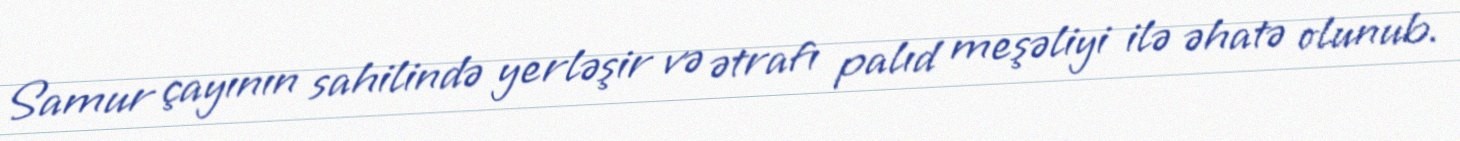
Samur çayının sahilində yerləşir və ətrafı palıd meşəliyi ilə əhatə olunub.